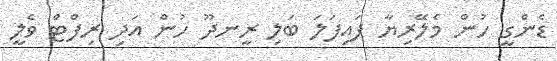
ޑެންގީ ހުން މެލޭރިޔާ ފައިފަލަ ބަލި ރީނދޫ ހުން އަދި ރިފްޓް ވެލީ